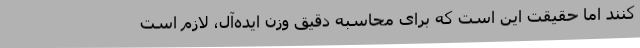
کنند اما حقیقت این است که برای محاسبه‌ دقیق وزن ایده‌آل، لازم است